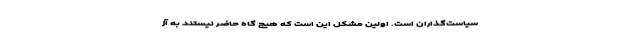
سیاست‌گذاران است. اولین مشکل این است که هیچ گاه حاضر نیستند به آز